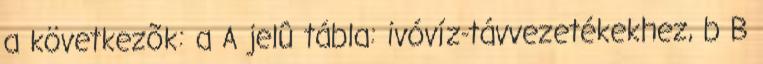
a következõk: a A jelû tábla: ivóvíz-távvezetékekhez, b B